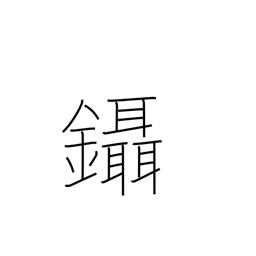
Meaning: pluck hair